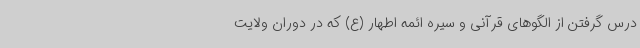
درس گرفتن از الگوهای قرآنی و سیره ائمه اطهار (ع) که در دوران ولایت